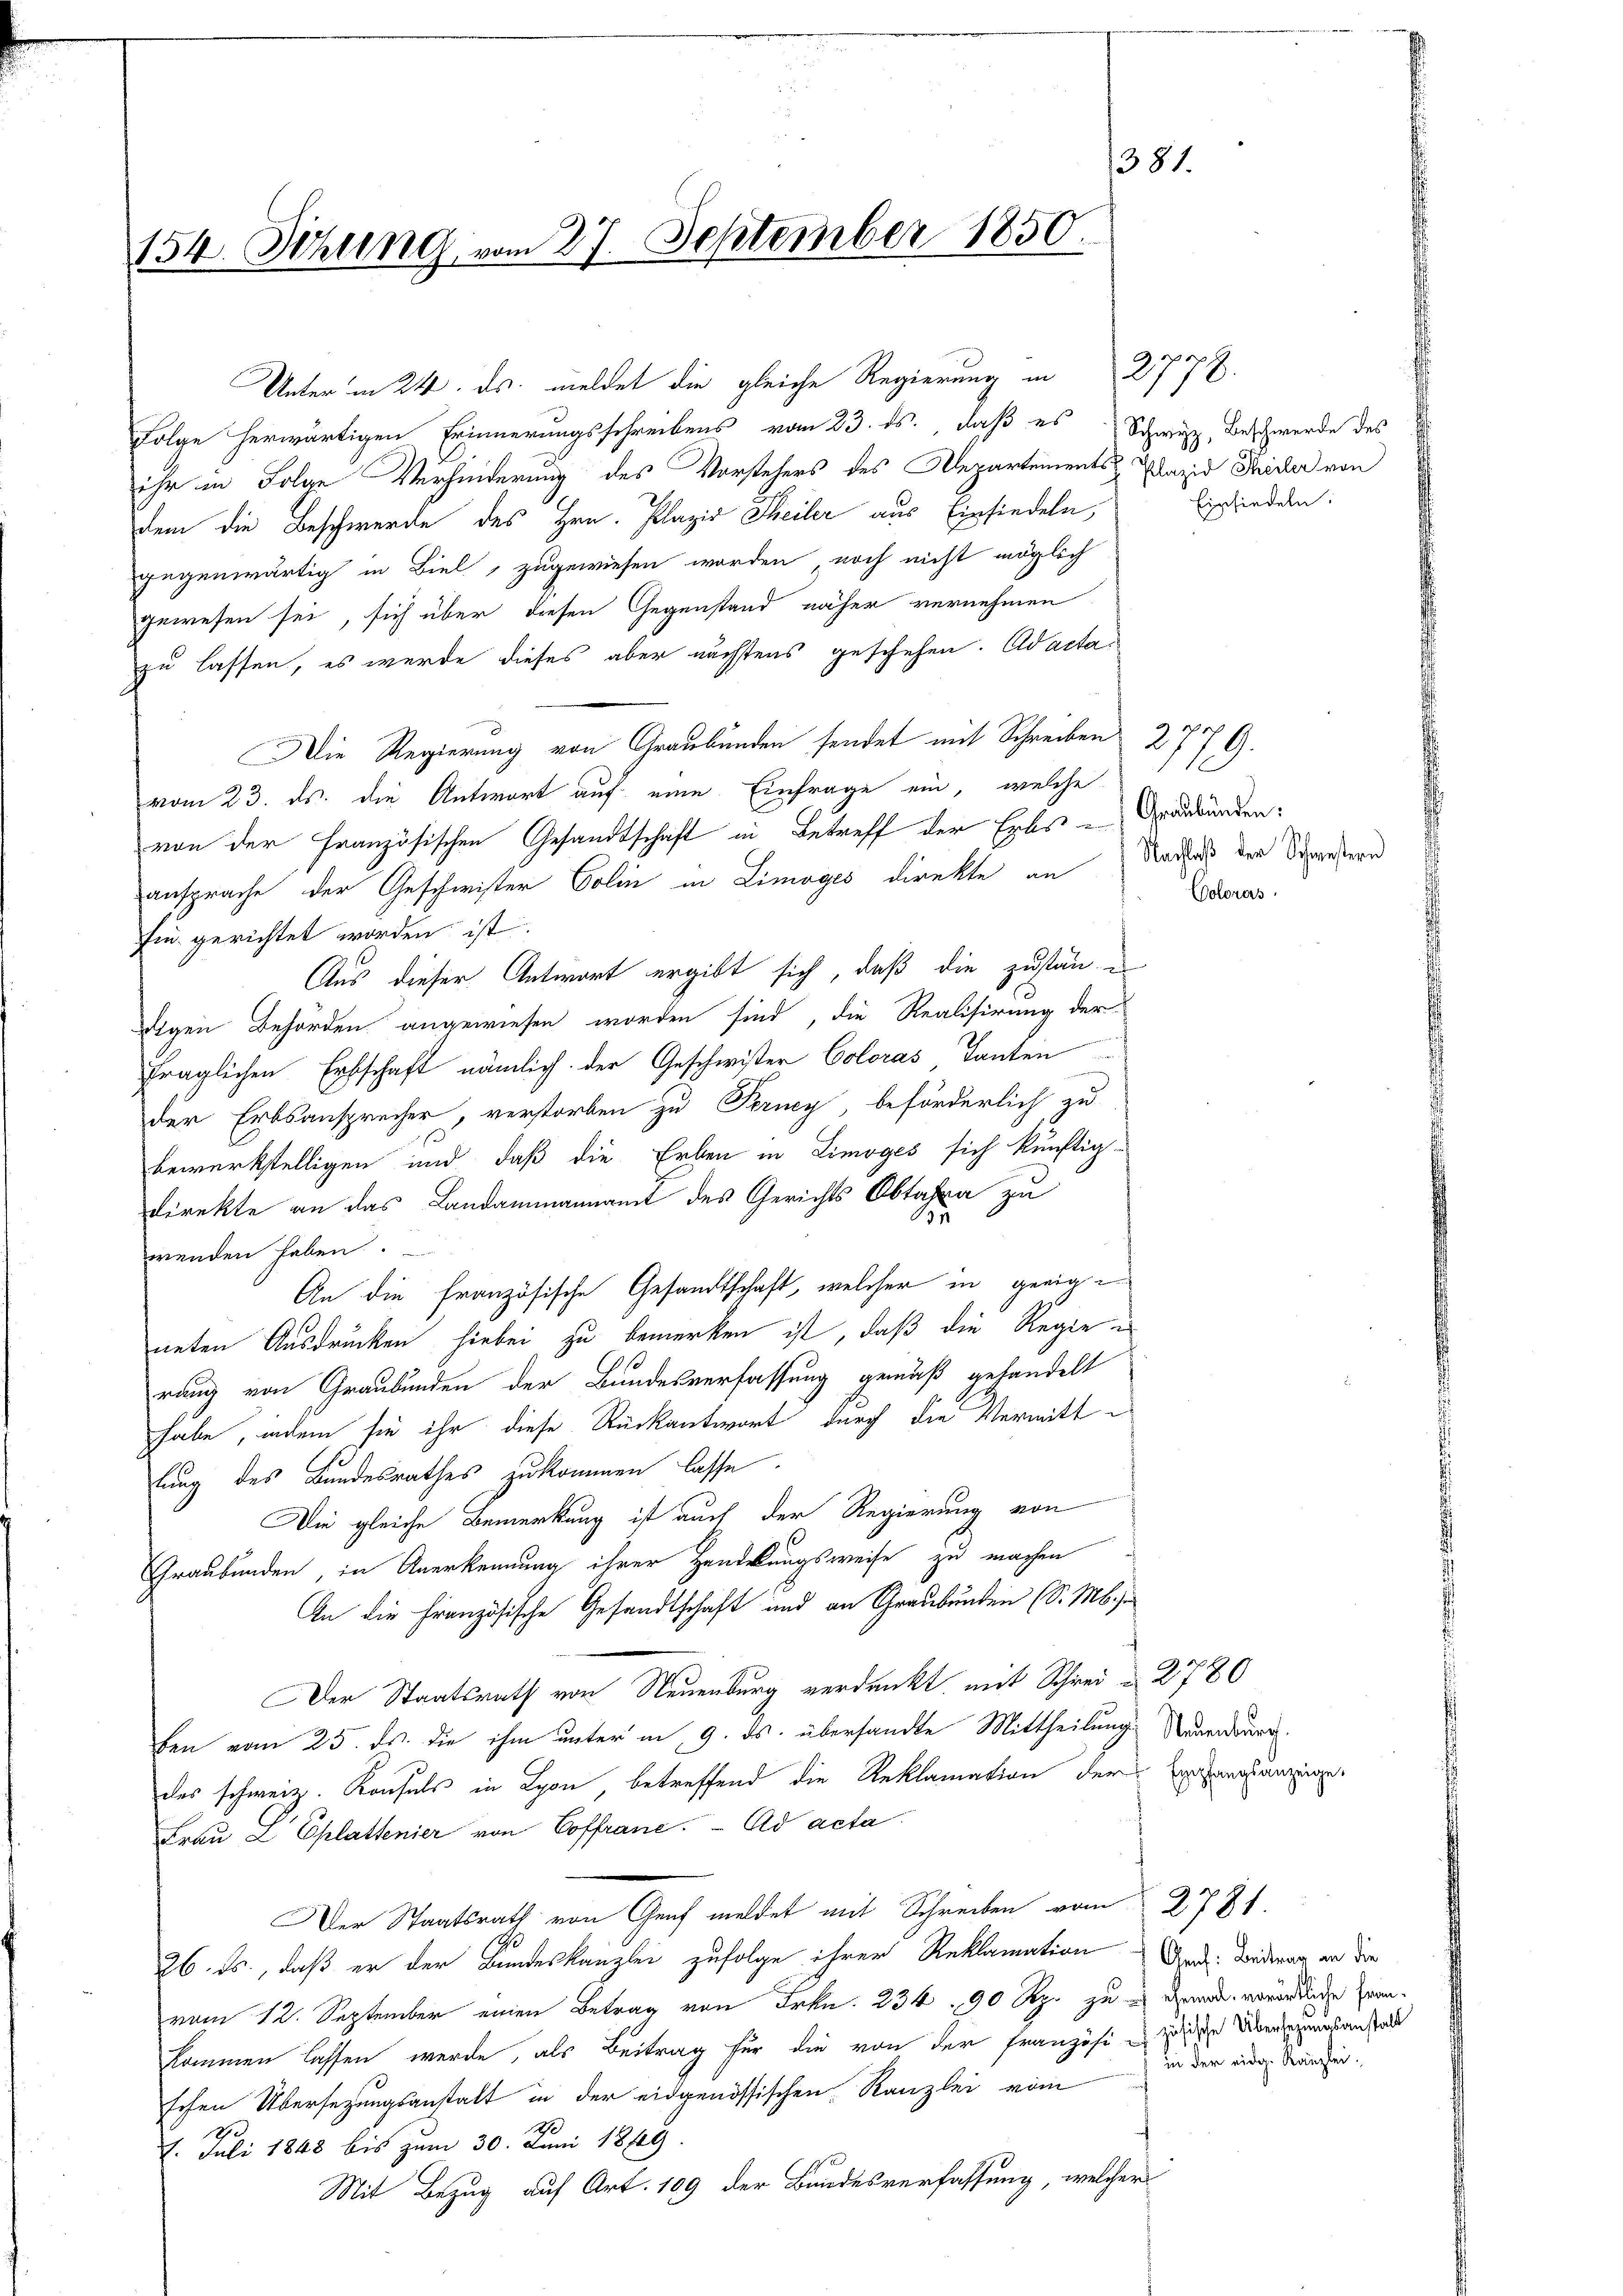
381.
154. Sizung vom 27. September 1850.

Unter in 24. ds. meldet die gleiche Regierung in 2778.
Folge herwärtigen Erinnerungsschreibens vom 23. ds. daß es Schwyz, Beschwerde des
ihr in Folge Verhinderung des Vorstehers des Departements-Plazid Thirler von
dem die Beschwerde des Hrn. Plazid Theiler aus Einsiedeln,
gegenwärtig in Biel, zugewiesen worden noch nicht möglich
gewesen sei, sich über diesen Gegenstand näher vernehmen
zu lassen, es werde dieses aber nächsters geschehen. Adacta¬
Die Regierung von Graubünden sendet mit Schreiben 2776.
vom 23. ds. die Antwort auf eine Einfrage ein, welche
von der Französischen Gesandtschaft in Betreff der Erbs - Graubünden:
ansprache der Geschwister Colin in Limoges direkte an
Ein gerichtet worden ist.
Aus dieser Antwort ergibt sich, daß die zuständigen Behörden angewiesen worden sind, die Realisirung der
fraglichen Erbschaft nämlich. Der Geschwister Coloras, Tanten
der Erbsansprecher, verstorben zu Perncy, beförderlich zu
bewerkstelligen und daß die Erben in Limoges sich künftig-
direkte an das Landammannamt des Gerichts Obtaha zu
u
wenden haben.
An die französische Gesandtschaft, welcher in geeigneten Ausdrücken hiebei zu bemerken ist, daß die Regie
rung von Graubünden der Bundesverfassung gemäß gehandelt
habe, indem sie ihr diese Rückantwort durch die Vermitt
lung des Bundesrathes zukommen lasse.
Die gleiche Bemerkung ist auch der Regierung von
Graubünden, in Anerkennung ihrer Handelungsweise zu machen
An die Französische Gesandtschaft und an Graubünden (S. M.
Der Staatsrath von Neuenburg verdankt, mit Schrei- 2780
ben vom 25. ds. die ihm unter in 9. ds. übersandte Mittheilung Neuenburg
des schweiz. Konsuls in Lyon, betreffend die Reklamation der Errungsanzeige
Fraŭ L Eplattenier von Coffrane. Ad acta
Der Staatsrath von Graf meldet mit Schreiben vom 2731.
26. ds., daß er der Bundeskanzlei zufolge ihrer Reklamation And. Betrag an dere
vom 12. September einen Betrag von Frkn. 234. 90 Rp. zu es demand vorörtliche Frankommen lassen werde, als Beitrag für die von der Französi u zwische Übersezungsanstalt
schen Übersezungsanstalt in der eidgenössischen Kanzlei vom
S.
h
2. Juli 1848 bis zum 30. Juni 1849
Mit Bezug auf Art. 109 der Bundesverfassung, welcher

Einsiedeln:

1
Nachlaß der Schwestern
Coloras

in der eidg. Kanzlei-